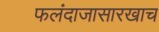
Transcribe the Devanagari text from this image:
फलंदाजासारखाच